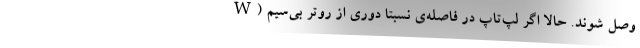
وصل شوند. حالا اگر لپ‌تاپ در فاصله‌ی نسبتا دوری از روتر بی‌سیم (W